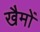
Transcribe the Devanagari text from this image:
खैमों